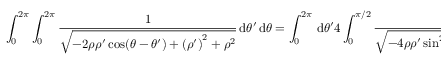
\int _ { 0 } ^ { 2 \pi } \int _ { 0 } ^ { 2 \pi } \frac { 1 } { \sqrt { - 2 \rho \rho ^ { \prime } \cos ( \theta - \theta ^ { \prime } ) + { ( \rho ^ { \prime } ) } ^ { 2 } + \rho ^ { 2 } } } \, { \mathrm { d } } \theta ^ { \prime } \, { \mathrm { d } } \theta = \int _ { 0 } ^ { 2 \pi } \, { \mathrm { d } } \theta ^ { \prime } 4 \int _ { 0 } ^ { \pi / 2 } \frac { 1 } { \sqrt { - 4 \rho \rho ^ { \prime } \sin ^ { 2 } ( \theta ) + ( { \rho ^ { \prime } } + \rho ) ^ { 2 } } } \, { \mathrm { d } } \theta